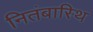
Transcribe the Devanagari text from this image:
नितंबास्थि